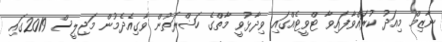
ނާޒިމް މިއަދު ކުރައްވާފައިވާ ޓްވީޓެއްގައި ވިދާޅުވީ މާތްގެ ހަޟްރަތުން ވާގިއެދެމުން މަޖިލީސް 2019ގައި